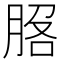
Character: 𦛵